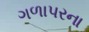
ગળાપરના